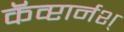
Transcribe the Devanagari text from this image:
कॅव्प्टार्नश्